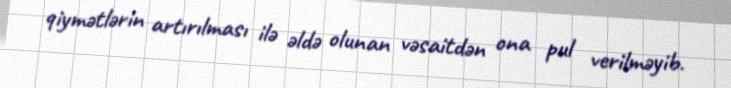
qiymətlərin artırılması ilə əldə olunan vəsaitdən ona pul verilməyib.